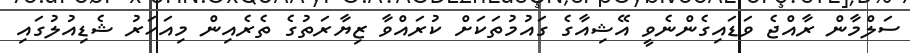
ސަލްމާން ރާއްޖެ ވަޑައިގެންނެވީ އޭޝިއާގެ ގައުމުތަކަށް ކުރައްވާ ޒިޔާރަތުގެ ތެރެއިން މިއަހަރު ޝެޑިއުލުގައި